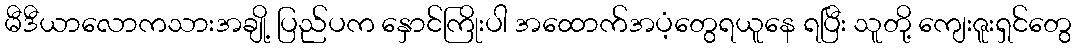
မီဒီယာလောကသားအချို့ ပြည်ပက နှောင်ကြိုးပါ အထောက်အပံ့တွေရယူနေ ရပြီး သူတို့ ကျေးဇူးရှင်တွေ